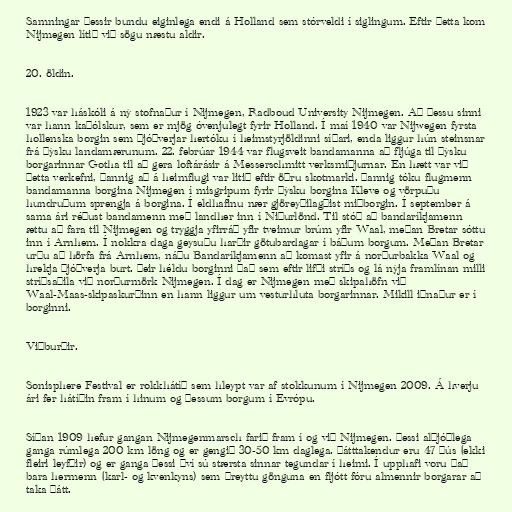
Samningar þessir bundu eiginlega endi á Holland sem stórveldi í siglingum. Eftir þetta kom
Nijmegen lítið við sögu næstu aldir.

20. öldin.

1923 var háskóli á ný stofnaður í Nijmegen, Radboud University Nijmegen. Að þessu sinni
var hann kaþólskur, sem er mjög óvenjulegt fyrir Holland. Í maí 1940 var Nijwegen fyrsta
hollenska borgin sem Þjóðverjar hertóku í heimstyrjöldinni síðari, enda liggur hún steinsnar
frá þýsku landamærunum. 22. febrúar 1944 var flugsveit bandamanna að fljúga til þýsku
borgarinnar Gotha til að gera loftárásir á Messerschmitt verksmiðjurnar. En hætt var við
þetta verkefni, þannig að á heimflugi var litið eftir öðru skotmarki. Þannig tóku flugmenn
bandamanna borgina Nijmegen í misgripum fyrir þýsku borgina Kleve og vörpuðu
hundruðum sprengja á borgina. Í eldhafinu nær gjöreyðilagðist miðborgin. Í september á
sama ári réðust bandamenn með landher inn í Niðurlönd. Til stóð að bandaríkjamenn
ættu að fara til Nijmegen og tryggja yfirráð yfir tveimur brúm yfir Waal, meðan Bretar sóttu
inn í Arnhem. Í nokkra daga geysuðu harðir götubardagar í báðum borgum. Meðan Bretar
urðu að hörfa frá Arnhem, náðu Bandaríkjamenn að komast yfir á norðurbakka Waal og
hrekja Þjóðverja burt. Þeir héldu borginni það sem eftir lifði stríðs og lá nýja framlínan milli
stríðsaðila við norðurmörk Nijmegen. Í dag er Nijmegen með skipahöfn við
Waal-Maas-skipaskurðinn en hann liggur um vesturhluta borgarinnar. Mikill iðnaður er í
borginni.

Viðburðir.

Sonisphere Festival er rokkhátíð sem hleypt var af stokkunum í Nijmegen 2009. Á hverju
ári fer hátíðin fram í hinum og þessum borgum í Evrópu.

Síðan 1909 hefur gangan Nijmegenmarsch farið fram í og við Nijmegen. Þessi alþjóðlega
ganga rúmlega 200 km löng og er gengið 30-50 km daglega. Þátttakendur eru 47 þús (ekki
fleiri leyfðir) og er ganga þessi því sú stærsta sinnar tegundar í heimi. Í upphafi voru það
bara hermenn (karl- og kvenkyns) sem þreyttu gönguna en fljótt fóru almennir borgarar að
taka þátt.